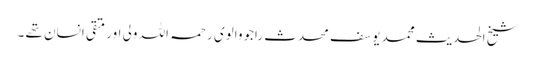
شیخ الحدیث محمد یوسف محدث راجووالوی رحمہ اللہ ولی اور متقی انسان تھے ۔